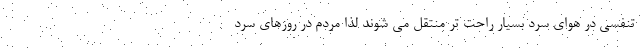
تنفسی در هوای سرد بسیار راحت تر منتقل می شوند لذا مردم در روزهای سرد